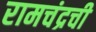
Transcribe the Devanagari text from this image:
रामचंद्रची